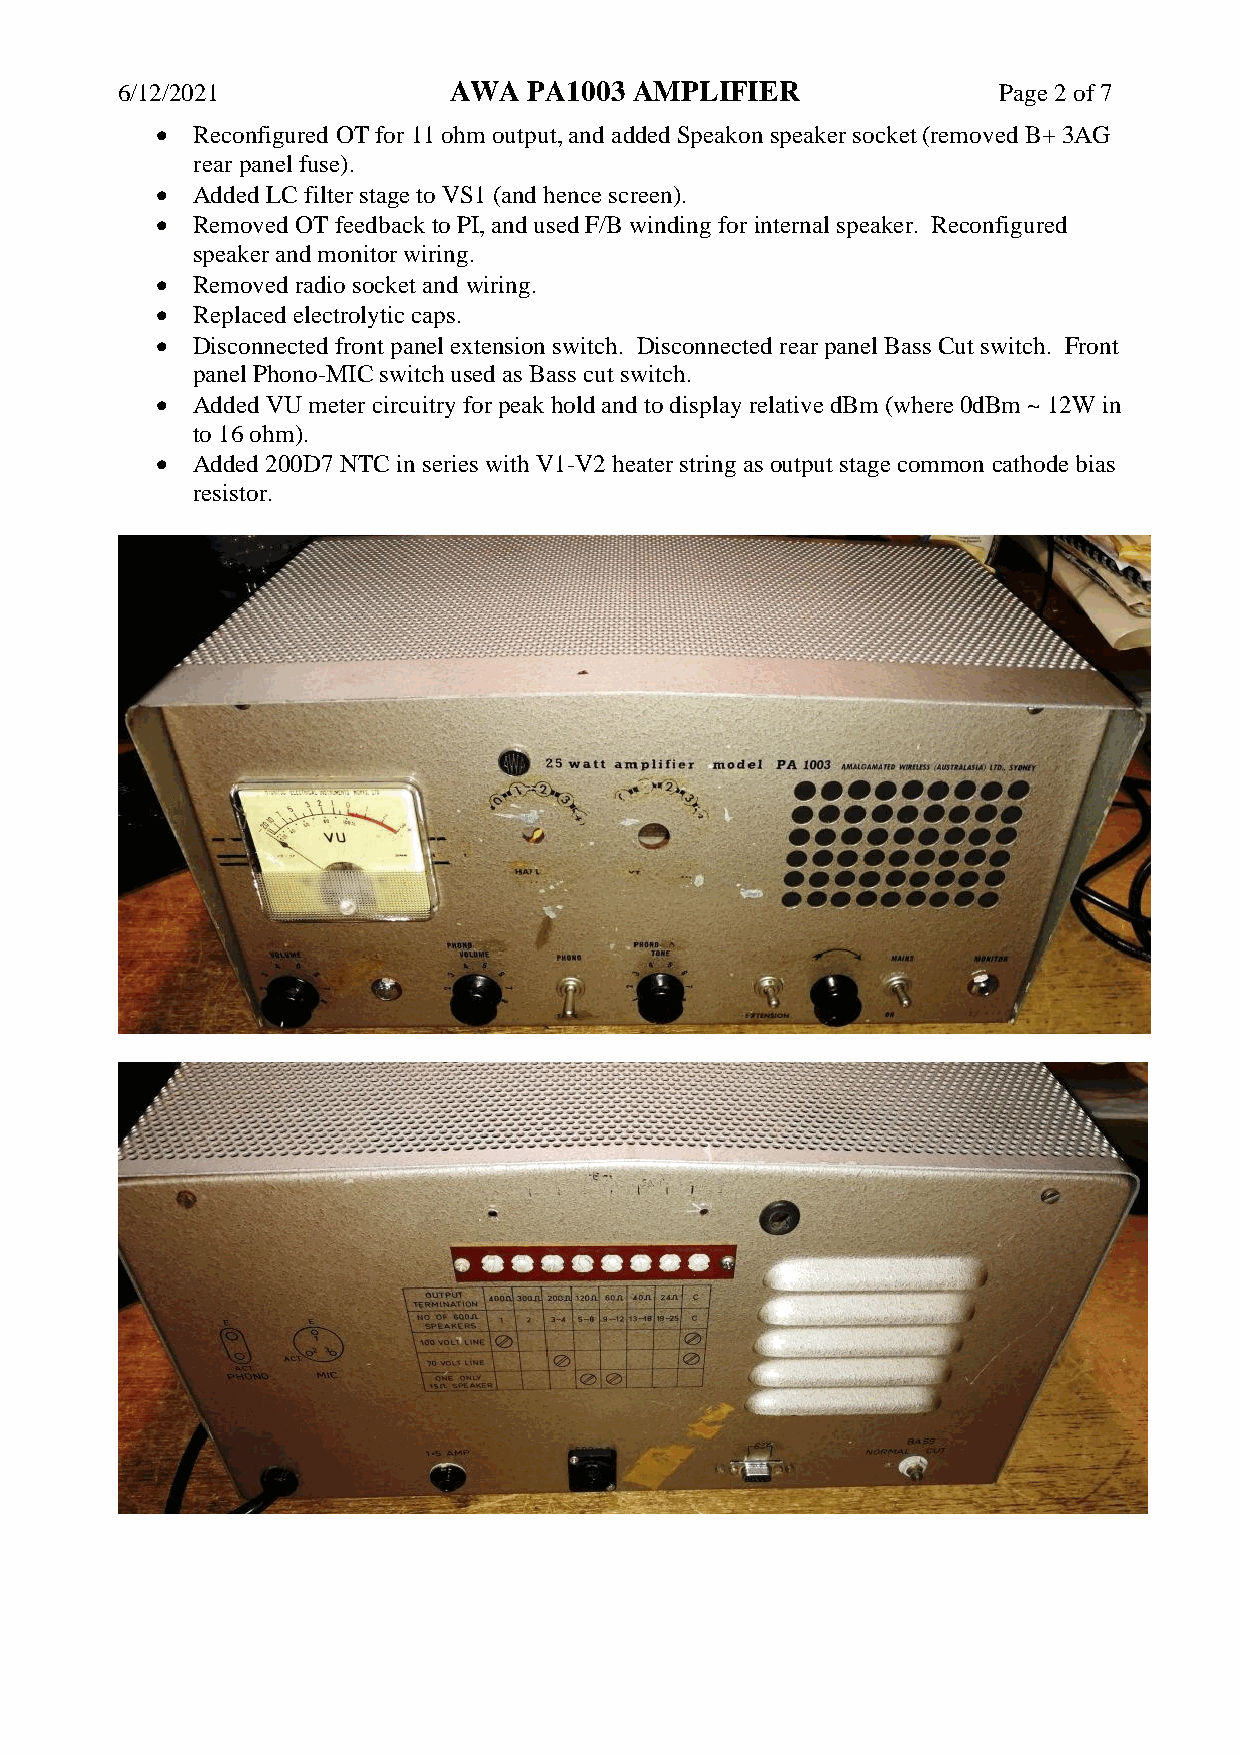
6/12/2021             AWA  PA1003 AMPLIFIER               Page 2 of 7
 •  Reconfigured OT for 11 ohm output, and added Speakon speaker socket (removed B+ 3AG
 rear panel fuse).
 •  Added LC filter stage to VS1 (and hence screen).
 •  Removed OT feedback to PI, and used F/B winding for internal speaker. Reconfigured
 speaker and monitor wiring.
 •  Removed radio socket and wiring.
 •  Replaced electrolytic caps.
 •  Disconnected front panel extension switch. Disconnected rear panel Bass Cut switch. Front
 panel Phono-MIC switch used as Bass cut switch.
 •  Added VU meter circuitry for peak hold and to display relative dBm (where 0dBm ~ 12W in
 to 16 ohm).
 •  Added 200D7 NTC in series with V1-V2 heater string as output stage common cathode bias
 resistor.